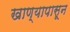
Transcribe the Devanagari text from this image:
खाण्यापासून